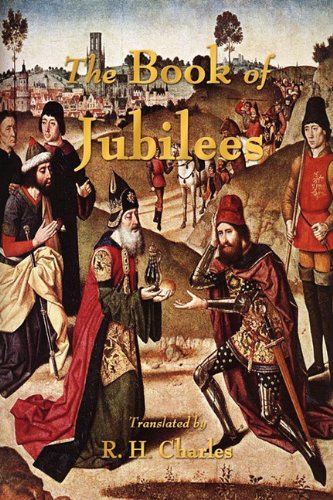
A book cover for The Book of Jubilees; R. H. Charles; Christian Books & Bibles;